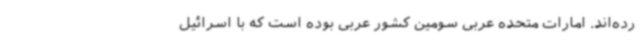
رده‌اند. امارات متحده عربی سومین کشور عربی بوده است که با اسرائیل